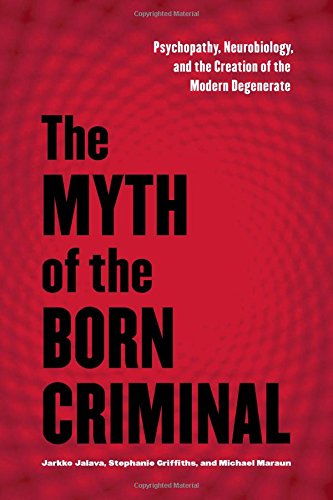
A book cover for The Myth of the Born Criminal: Psychopathy, Neurobiology, and the Creation of the Modern Degenerate; Jarkko Javala; Medical Books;